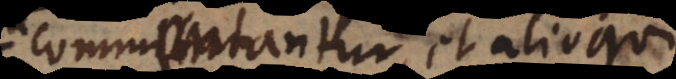
commentantur, et alioqui